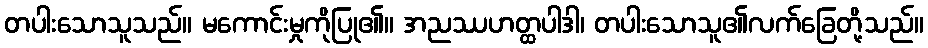
တပါးသောသူသည်။ မကောင်းမှုကိုပြု၏။ အညဿဟတ္ထပါဒါ၊ တပါးသောသူ၏လက်ခြေတို့သည်။